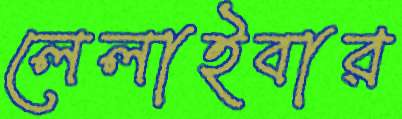
লেলাইবার